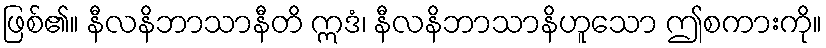
ဖြစ်၏။ နီလနိဘာသာနီတိ ဣဒံ၊ နီလနိဘာသာနိဟူသော ဤစကားကို။